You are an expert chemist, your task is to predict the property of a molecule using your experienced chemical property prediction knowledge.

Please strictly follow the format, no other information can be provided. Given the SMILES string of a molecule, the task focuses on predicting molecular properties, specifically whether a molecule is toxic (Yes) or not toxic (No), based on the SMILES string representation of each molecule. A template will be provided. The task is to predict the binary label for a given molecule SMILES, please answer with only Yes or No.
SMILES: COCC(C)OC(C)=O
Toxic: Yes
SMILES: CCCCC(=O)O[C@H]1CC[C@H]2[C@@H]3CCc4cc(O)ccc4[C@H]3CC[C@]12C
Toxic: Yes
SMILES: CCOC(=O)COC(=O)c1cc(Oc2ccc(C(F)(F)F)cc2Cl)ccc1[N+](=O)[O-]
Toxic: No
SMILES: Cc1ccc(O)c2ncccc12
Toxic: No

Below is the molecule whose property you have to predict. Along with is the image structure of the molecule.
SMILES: CCN(C(C)=O)c1cccc(-c2ccnc3c(C#N)cnn23)c1
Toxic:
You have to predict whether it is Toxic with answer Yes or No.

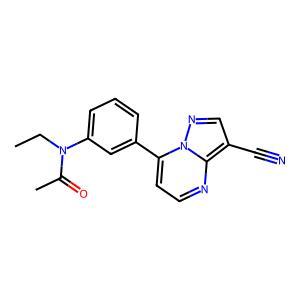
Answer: No